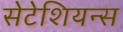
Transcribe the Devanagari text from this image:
सेटेशियन्स